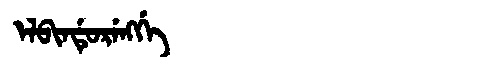
Manchu: ᡝᠯᠪᡳᠨᡩᡠᡵᡝᠩᡤᡝ
Romanization: ELBINDURENGGE